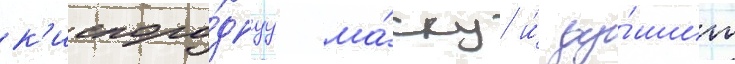
к'ислоро́днуу ма́ску и́ ду́шит